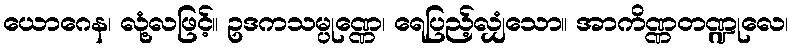
ယောဂေန၊ လုံ့လဖြင့်။ ဥဒကသမ္ပုဏ္ဏေ၊ ရေပြည့်လျှံသော။ အာကိဏ္ဏတဏ္ဍုလေ၊